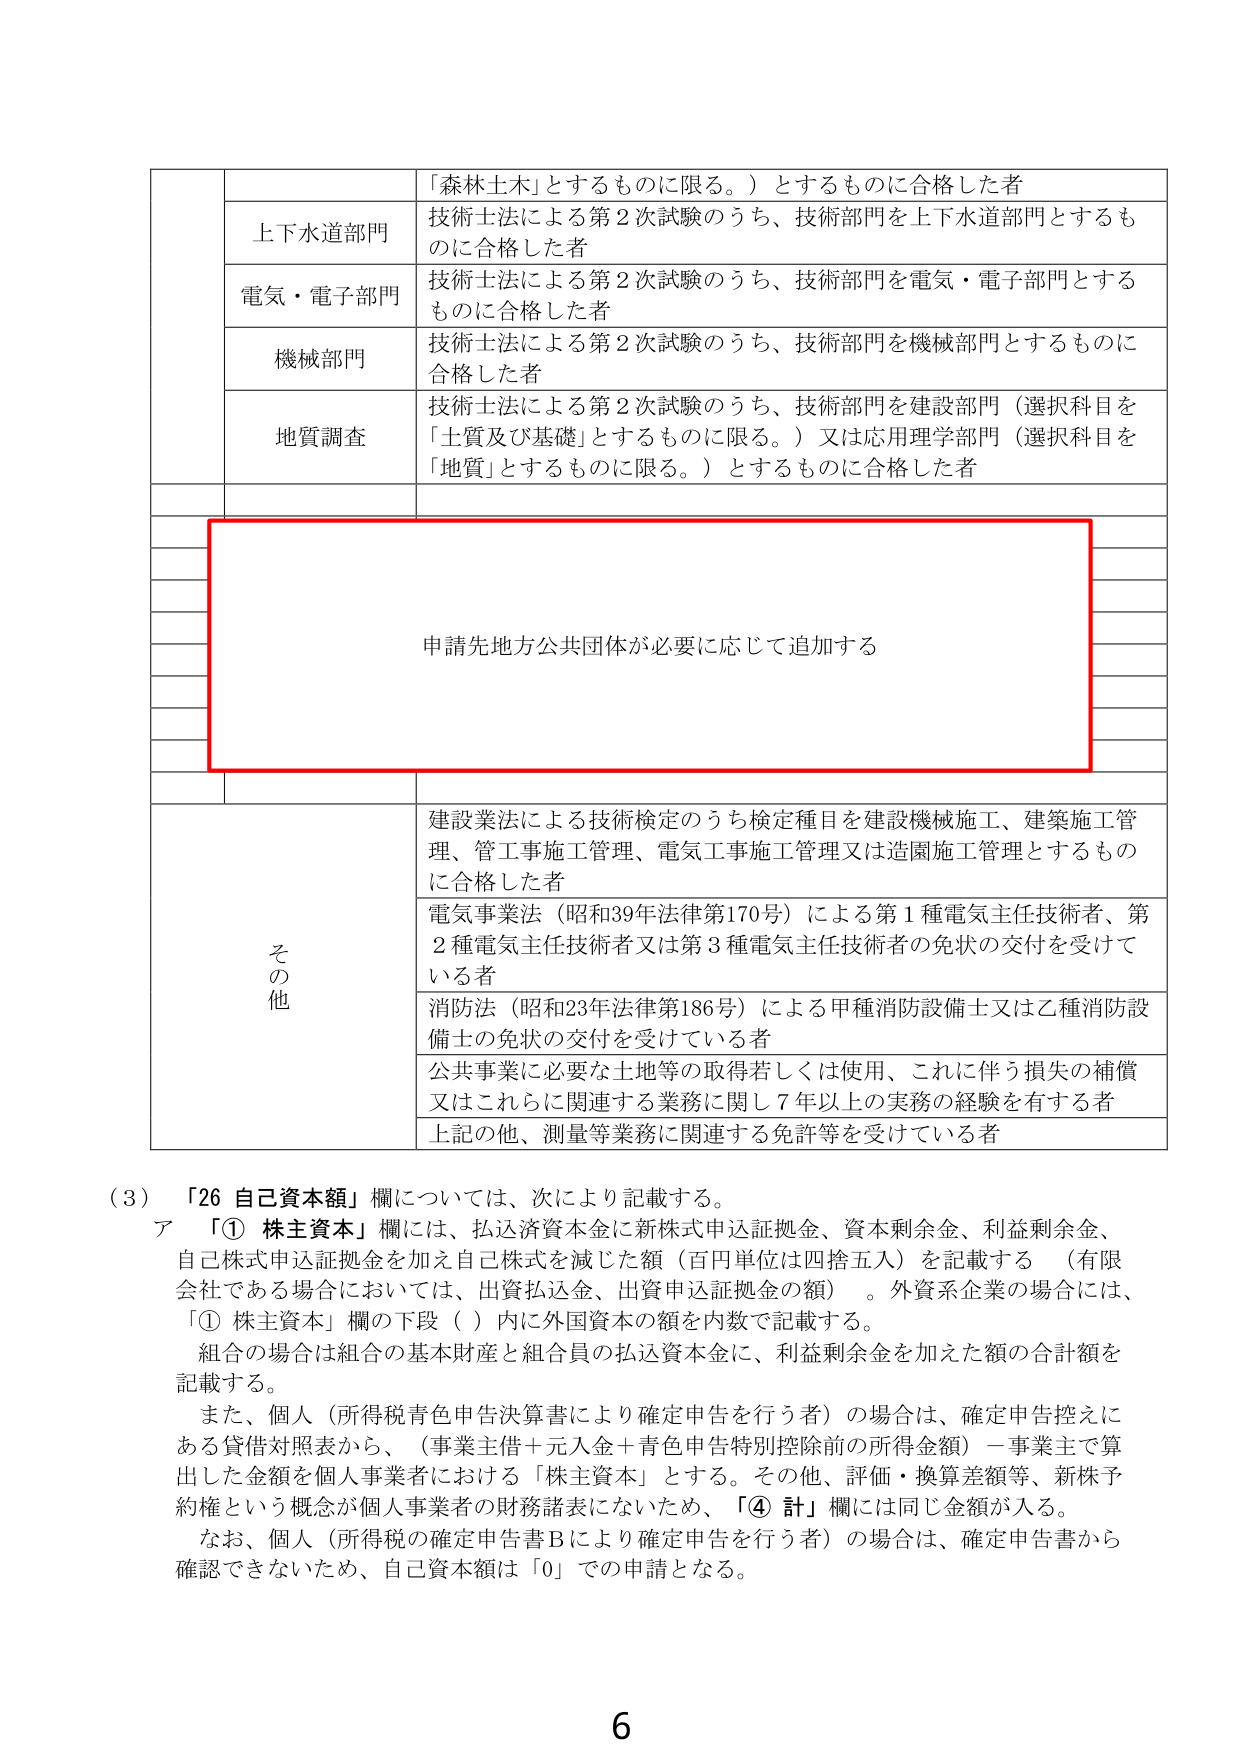
「森林土木」とするものに限る。）とするものに合格した者
上下水道部門 技術士法による第2次試験のうち、技術部門を上下水道部門とするものに合格した者
電気・電子部門 技術士法による第2次試験のうち、技術部門を電気・電子部門とするものに合格した者
機械部門 技術士法による第2次試験のうち、技術部門を機械部門とするものに合格した者
地質調査 技術士法による第2次試験のうち、技術部門を建設部門（選択科目を「土質及び基礎」とするものに限る。）又は応用理学部門（選択科目を「地質」とするものに限る。）とするものに合格した者
申請先地方公共団体が必要に応じて追加する
その他 建設業法による技術検定のうち検定種目を建設機械施工、建築施工管理、管工事施工管理、電気工事施工管理又は造園施工管理とするものに合格した者
電気事業法（昭和39年法律第170号）による第1種電気主任技術者、第2種電気主任技術者又は第3種電気主任技術者の免状の交付を受けている者
消防法（昭和23年法律第186号）による甲種消防設備士又は乙種消防設備士の免状の交付を受けている者
公共事業に必要な土地等の取得若しくは使用、これに伴う損失の補償又はこれらに関連する業務に関して7年以上の実務の経験を有する者
上記の他、測量等業務に関連する免許等を受けている者
（3）「26 自己資本額」欄については、次により記載する。
ア 「① 株主資本」欄には、払込済資本金に新株式申込証拠金、資本剰余金、利益剰余金、自己株式申込証拠金を加え自己株式を減じた額（百円単位は四捨五入）を記載する （有限会社である場合においては、出資払込金、出資申込証拠金の額）。外資系企業の場合には、「① 株主資本」欄の下段（）内に外国資本の額を内数で記載する。
組合の場合は組合の基本財産と組合員の払込資本金に、利益剰余金を加えた額の合計額を記載する。
また、個人（所得税青色申告決算書により確定申告を行う者）の場合は、確定申告控えにある貸借対照表から、（事業主借＋元入金＋青色申告特別控除前の所得金額）－事業主で算出した金額を個人事業者における「株主資本」とする。その他、評価・換算差額等、新株予約権という概念が個人事業者の財務諸表にないため、「④ 計」欄には同じ金額が入る。
なお、個人（所得税の確定申告書Bにより確定申告を行う者）の場合は、確定申告書から確認できないため、自己資本額は「0」での申請となる。
6